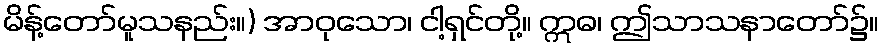
မိန့်တော်မူသနည်း။) အာဝုသော၊ ငါ့ရှင်တို့။ ဣဓ၊ ဤသာသနာတော်၌။